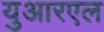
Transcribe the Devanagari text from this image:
युआरएल